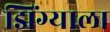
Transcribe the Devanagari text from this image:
झिंग्याला